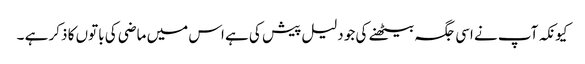
کیونکہ آپ نے اسی جگہ بیٹھنے کی جو دلیل پیش کی ہے اس میں ماضی کی باتوں کا ذکر ہے ۔